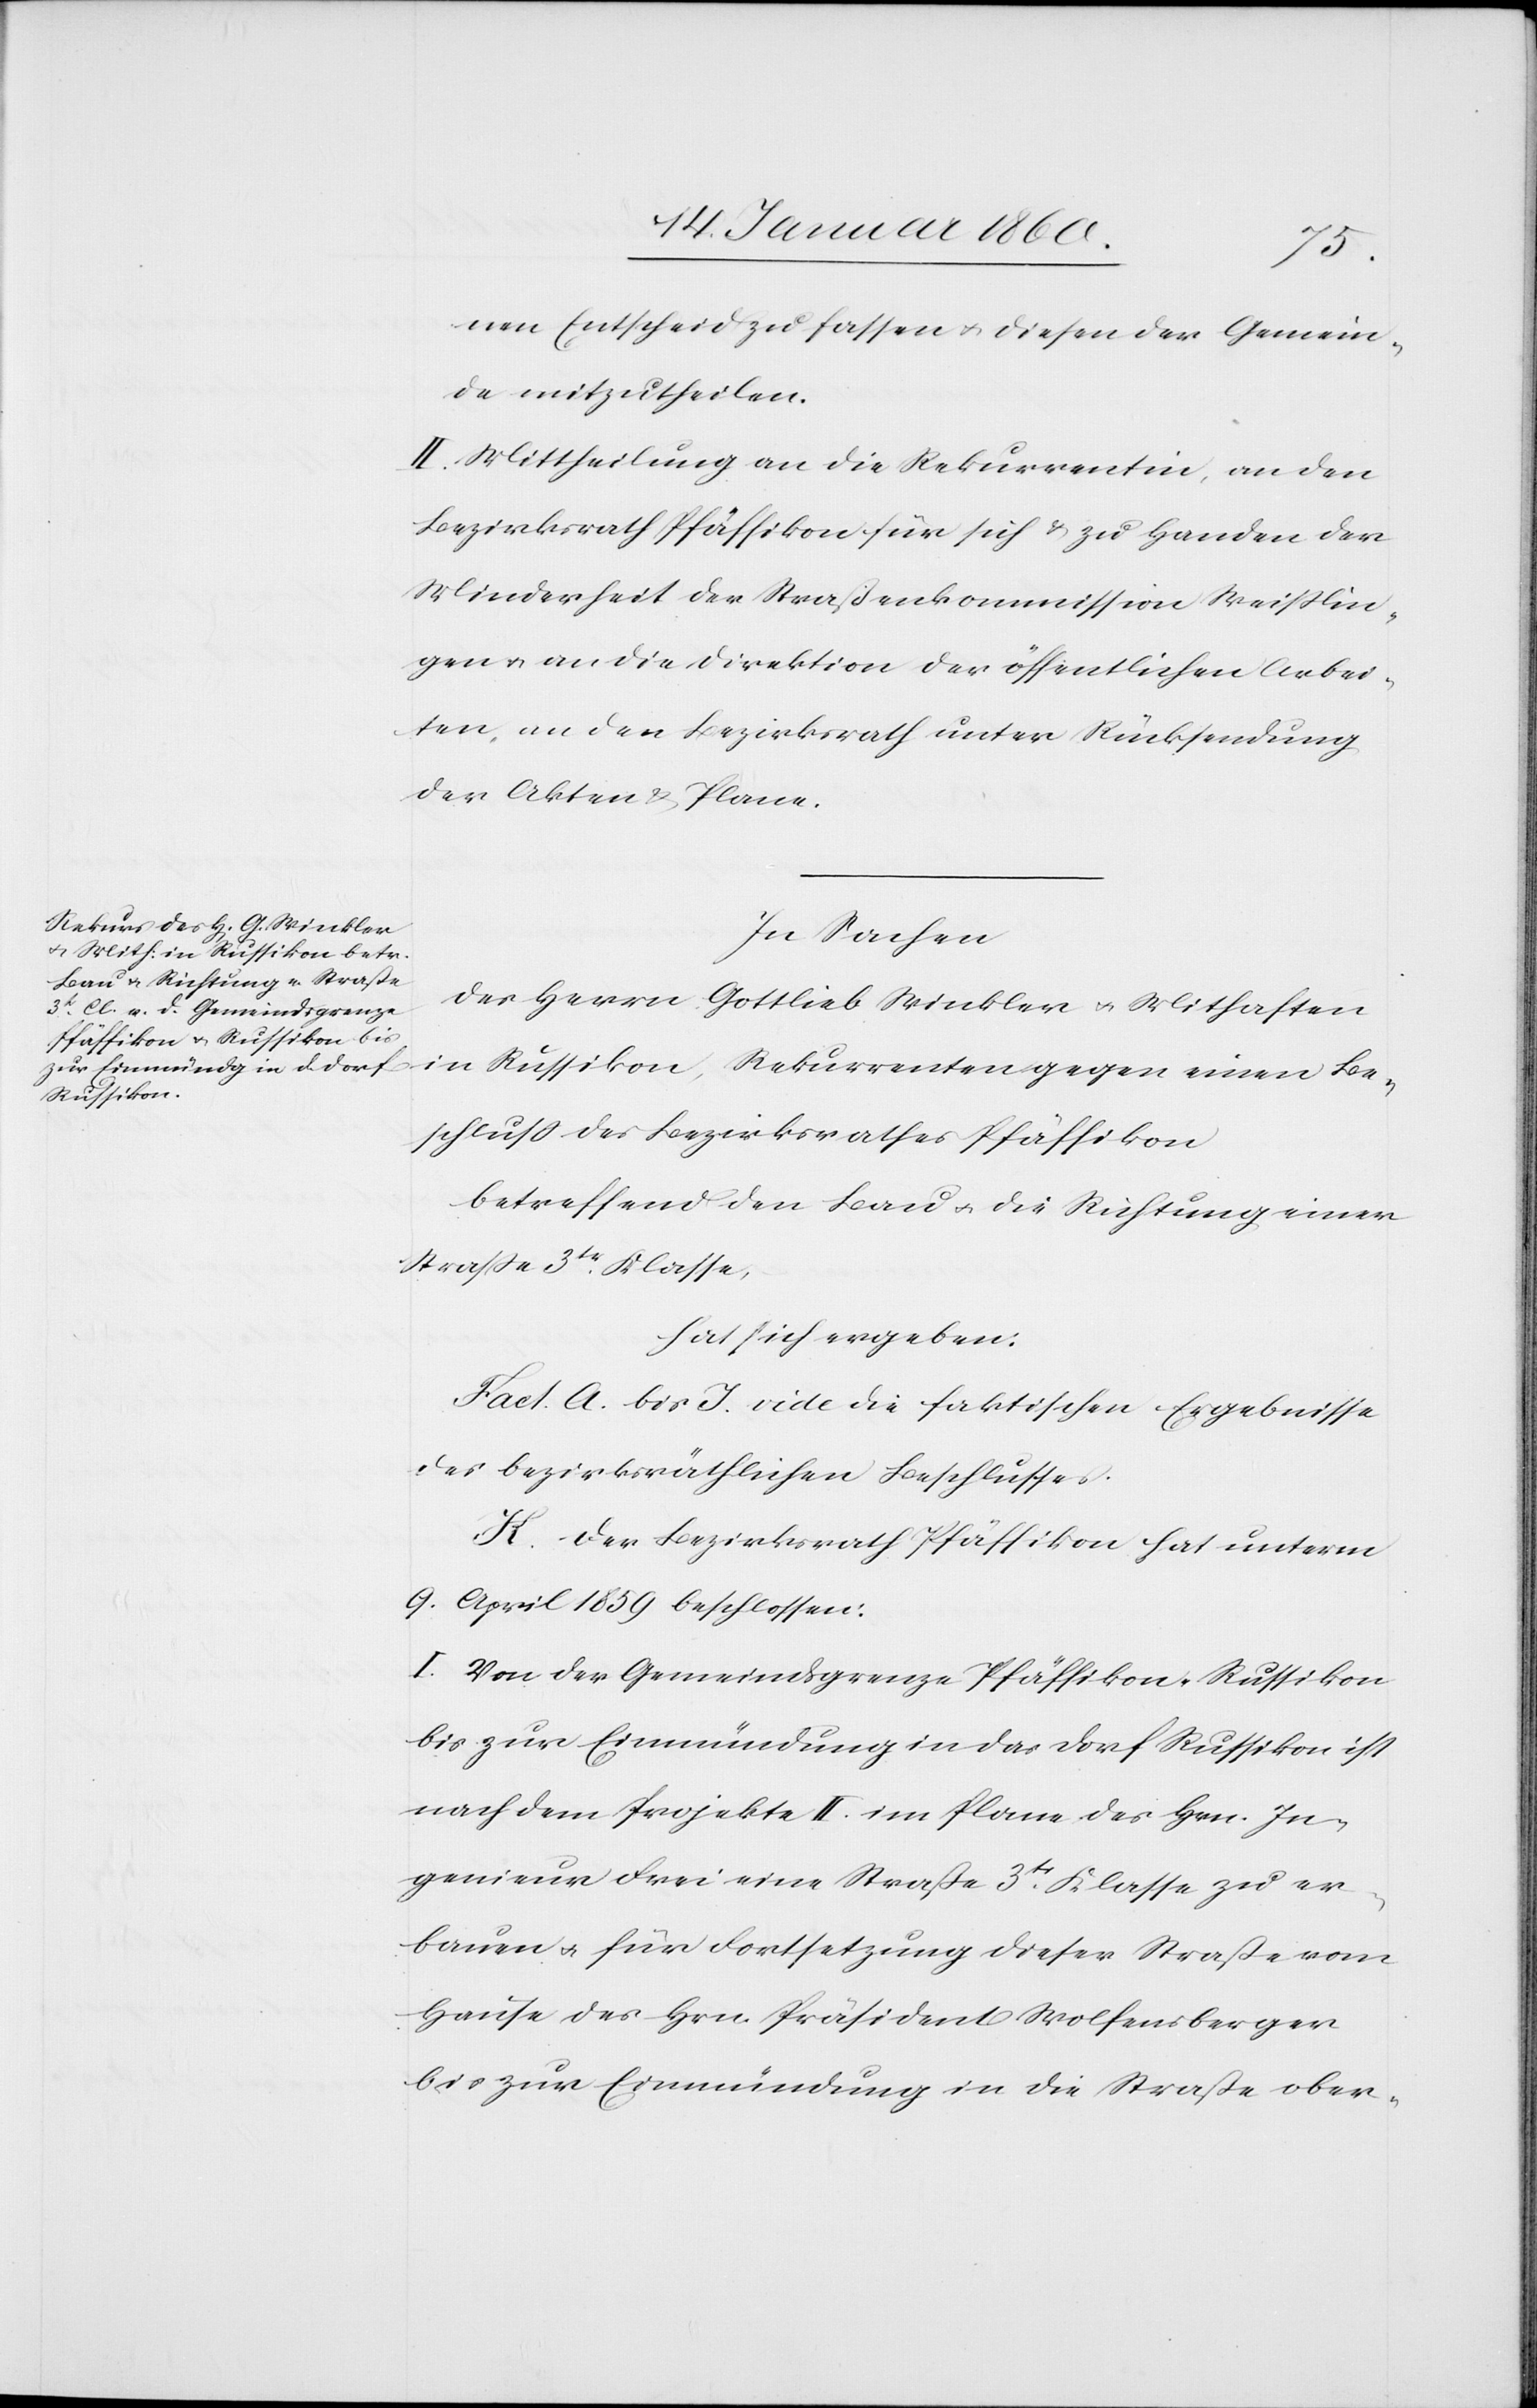
Arbe¬
nen Entscheid zu fassen u. diesen der Gemein¬
de mitzutheilen.
II. Mittheilung an die Rekurrentin, an den
Bezirksrath Pfäffikon für sich u. zu Handen der
Minderheit der Strassenkommission an
gen u. an die Direktion der öffentlichen Arbeiten
iten, an den Bezirksrath unter Rücksendung
der Akten u. Plane.
In Sachen
der Herrn Gottlieb Winkler u. Mithaften
in Russikon, Rekurrenten gegen einen Be¬
schluß des Bezirksrathes Pfäffikon
betreffend den Bau u. die Richtung einer
Straße 3tr Klasse,
hat sich ergeben:
Fact. A. bis J. vide die faktischen Ergebnisse
des bezirksräthlichen Beschlusses.
K. Der Bezirksrath Pfäffikon hat unterm
9. April 1859 beschlossen:
I. Von der Gemeindsgrenze Pfäffikon-Russikon
bis zur Einmündung in das Dorf Russikon ist
nach dem Projekte II. im Plane des Hrn. In¬
genieur Frei eine Straße 3tr Klasse zu er¬
bauen u. für Fortsetzung dieser Strasse vom
Hause des Hrn. Präsident Wolfensberger
bis zur Einmündung in die Strasse ober-